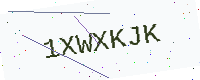
Text: 1XWXKJK